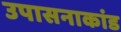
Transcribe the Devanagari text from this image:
उपासनाकांड